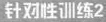
针对性训练2